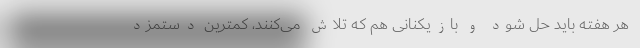
هر هفته باید حل شود و بازیکنانی هم که تلاش می‌کنند، کمترین دستمزد